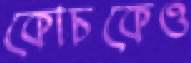
কোচকেও